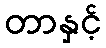
တာနှင့်